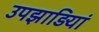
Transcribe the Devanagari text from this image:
उपझाड़ियां